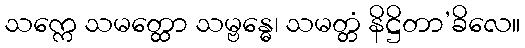
သက္ကေ သမတ္ထော သမ္ဗန္ဓေ၊ သမတ္တံ နိဋ္ဌိတာ’ခိလေ။